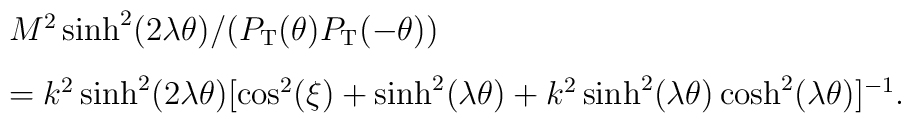
\begin{array}{ll}&M^2\sinh^2 (2\lambda \theta) /(P_{\rm T}( \theta)P_{\rm T}(-\theta)) \\[3mm] &= k^2\sinh^2(2\lambda \theta)[\cos^2(\xi) + \sinh^2(\lambda \theta) + k^2\sinh^2(\lambda \theta)\cosh^2(\lambda \theta)]^{-1}. \end{array}